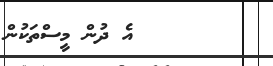
١١       އެ ދުން މީސްތަކުން